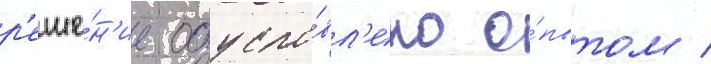
р'еше́н'ие обусло́вл'ено о́пытом /